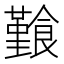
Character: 𩞎